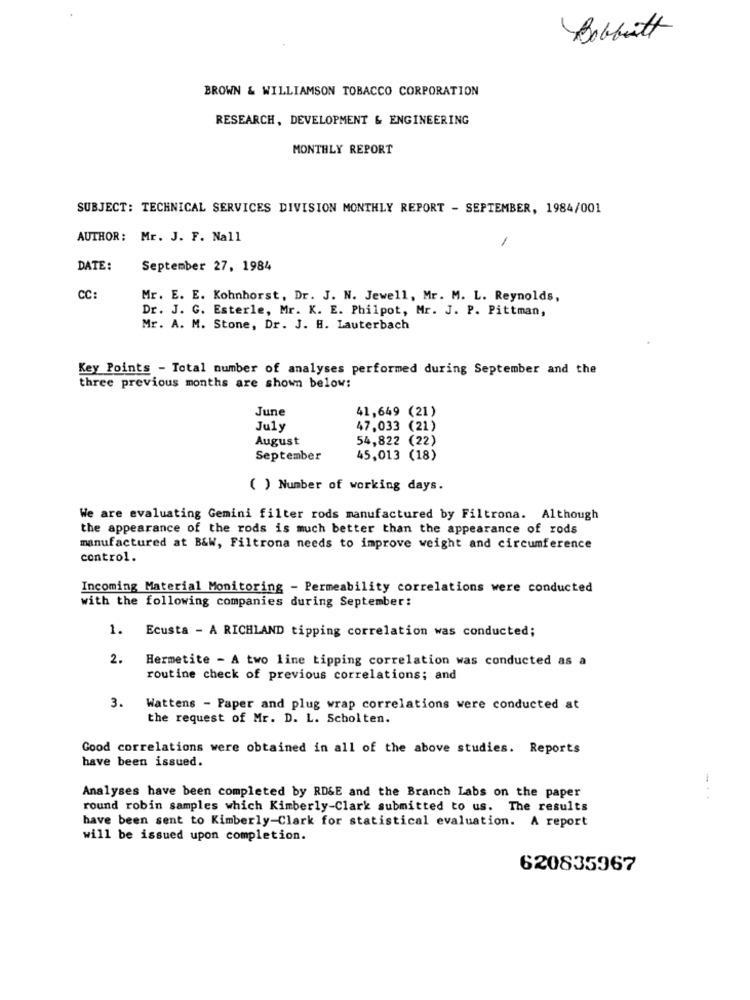
Bobbitt
BROWN & WILLIAMSON TOBACCO CORPORATION
RESEARCH, DEVELOPMENT & ENGINEERING
MONTHLY REPORT
SUBJECT: TECHNICAL SERVICES DIVISION MONTHLY REPORT - SEPTEMBER, 1984/001
AUTHOR: Mr. J. F. Nall
1
DATE:
September 27, 1984
CC:
Mr. E. E. Kohnhorst, Dr. J. N. Jewell, Mr. M. L. Reynolds,
Dr. J. G. Esterle, Mr. K. E. Philpot, Mr. J. P. Pittman,
Mr. A. M. Stone, Dr. J. H. Lauterbach
Key Points - Total number of analyses performed during September and the
three previous months are shown below:
June
41,649 (21)
July
47,033 (21)
August
54,822 (22)
September
45,013 (18)
( ) Number of working days.
We are evaluating Gemini filter rods manufactured by Filtrona. Although
the appearance of the rods is much better than the appearance of rods
manufactured at B&W, Filtrona needs to improve weight and circumference
control.
Incoming Material Monitoring - Permeability correlations were conducted
with the following companies during September:
1.
Ecusta - A RICHLAND tipping correlation was conducted;
2.
Hermetite - A two line tipping correlation was conducted as a
routine check of previous correlations; and
3.
Wattens - Paper and plug wrap correlations were conducted at
the request of Mr. D. L. Scholten.
Good correlations were obtained in all of the above studies. Reports
have been issued.
Analyses have been completed by RD&E and the Branch Labs on the paper
round robin samples which Kimberly-Clark submitted to us. The results
have been sent to Kimberly-Clark for statistical evaluation. A report
will be issued upon completion.
620835967